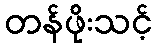
တန်ဖိုးသင့်